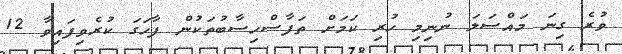
ވުރެ ގިނަ މައްސަލަ ނުނިމި ހުރި ކަމަށް ތަފާސްހިސާބުތަކުން ފާހަގަ ކުރެވިފައިވާ 12